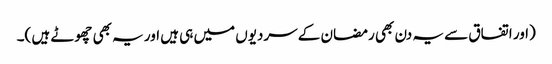
(اور اتفاق سے یہ دن بھی رمضان کے سردیوں میں ہی ہیں اور یہ بھی چھوٹے ہیں )۔